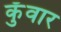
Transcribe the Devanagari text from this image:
कुँवार